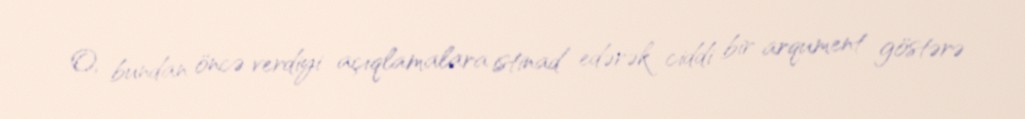
O, bundan öncə verdiyi açıqlamalara istinad edərək ciddi bir arqument göstərə